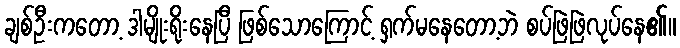
ချစ်ဦးကတော့ ဒါမျိုးရိုးနေပြီ ဖြစ်သောကြောင့် ရှက်မနေတော့ဘဲ စပ်ဖြဲဖြဲလုပ်နေ၏။